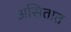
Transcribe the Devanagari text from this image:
असितात